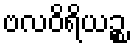
ဗလဝိရိယဉ္စ